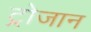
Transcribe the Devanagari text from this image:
ट्रोजान